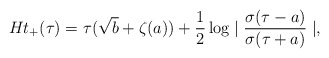
\begin{align*}Ht_+(\tau)=\tau(\sqrt{b}+\zeta(a))+\frac{1}{2}\log\mid\frac{\sigma(\tau-a)}{\sigma(\tau+a)}\mid,\end{align*}